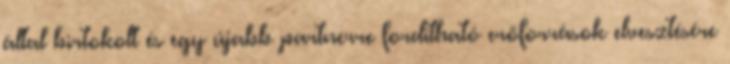
által birtokolt és egy újabb partnerre fordítható erőforrások elvesztésére